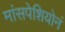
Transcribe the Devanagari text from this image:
मांसपेशियोनं